Leaving Certificate Examination (including Day School Certificate (Higher) General paper), 1937
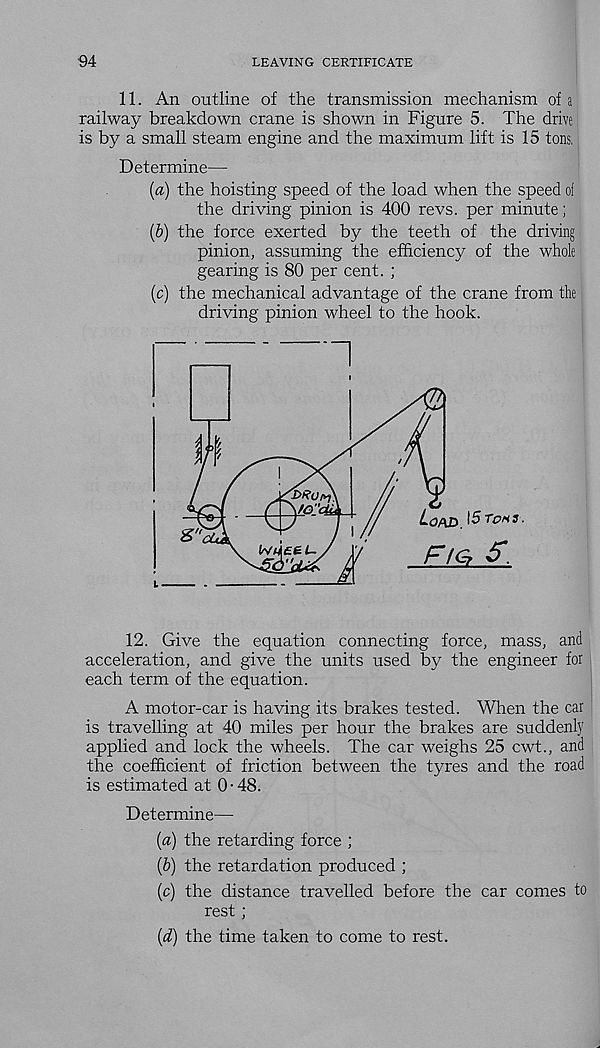
94
LEAVING CERTIFICATE
11. An outline of the transmission mechanism of a
railway breakdown crane is shown in Figure 5. The drive
is by a small steam engine and the maximum lift is 15 tons.
Determine—
(a) the hoisting speed of the load when the speed ol
the driving pinion is 400 revs, per minute;
(5) the force exerted by the teeth of the driving
pinion, assuming the efficiency of the whole
gearing is 80 per cent. ;
(c) the mechanical advantage of the crane from the
driving pinion wheel to the hook.
12. Give the equation connecting force, mass, and
acceleration, and give the units used by the engineer for
each term of the equation.
A motor-car is having its brakes tested. When the car
is travelling at 40 miles per hour the brakes are suddenly
applied and lock the wheels. The car weighs 25 cwt., and
the coefficient of friction between the tyres and the road
is estimated at 0-48.
Determine—
(a) the retarding force ;
(b) the retardation produced ;
(c) the distance travelled before the car comes to
rest ;
(d) the time taken to come to rest.